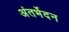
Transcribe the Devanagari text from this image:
अंतर्भेदन